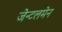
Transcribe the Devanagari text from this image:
जेन्टलमेन